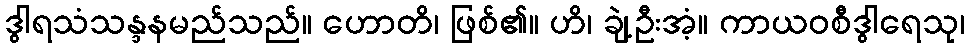
ဒွါရသံသန္ဒနမည်သည်။ ဟောတိ၊ ဖြစ်၏။ ဟိ၊ ချဲ့ဦးအံ့။ ကာယဝစီဒွါရေသု၊